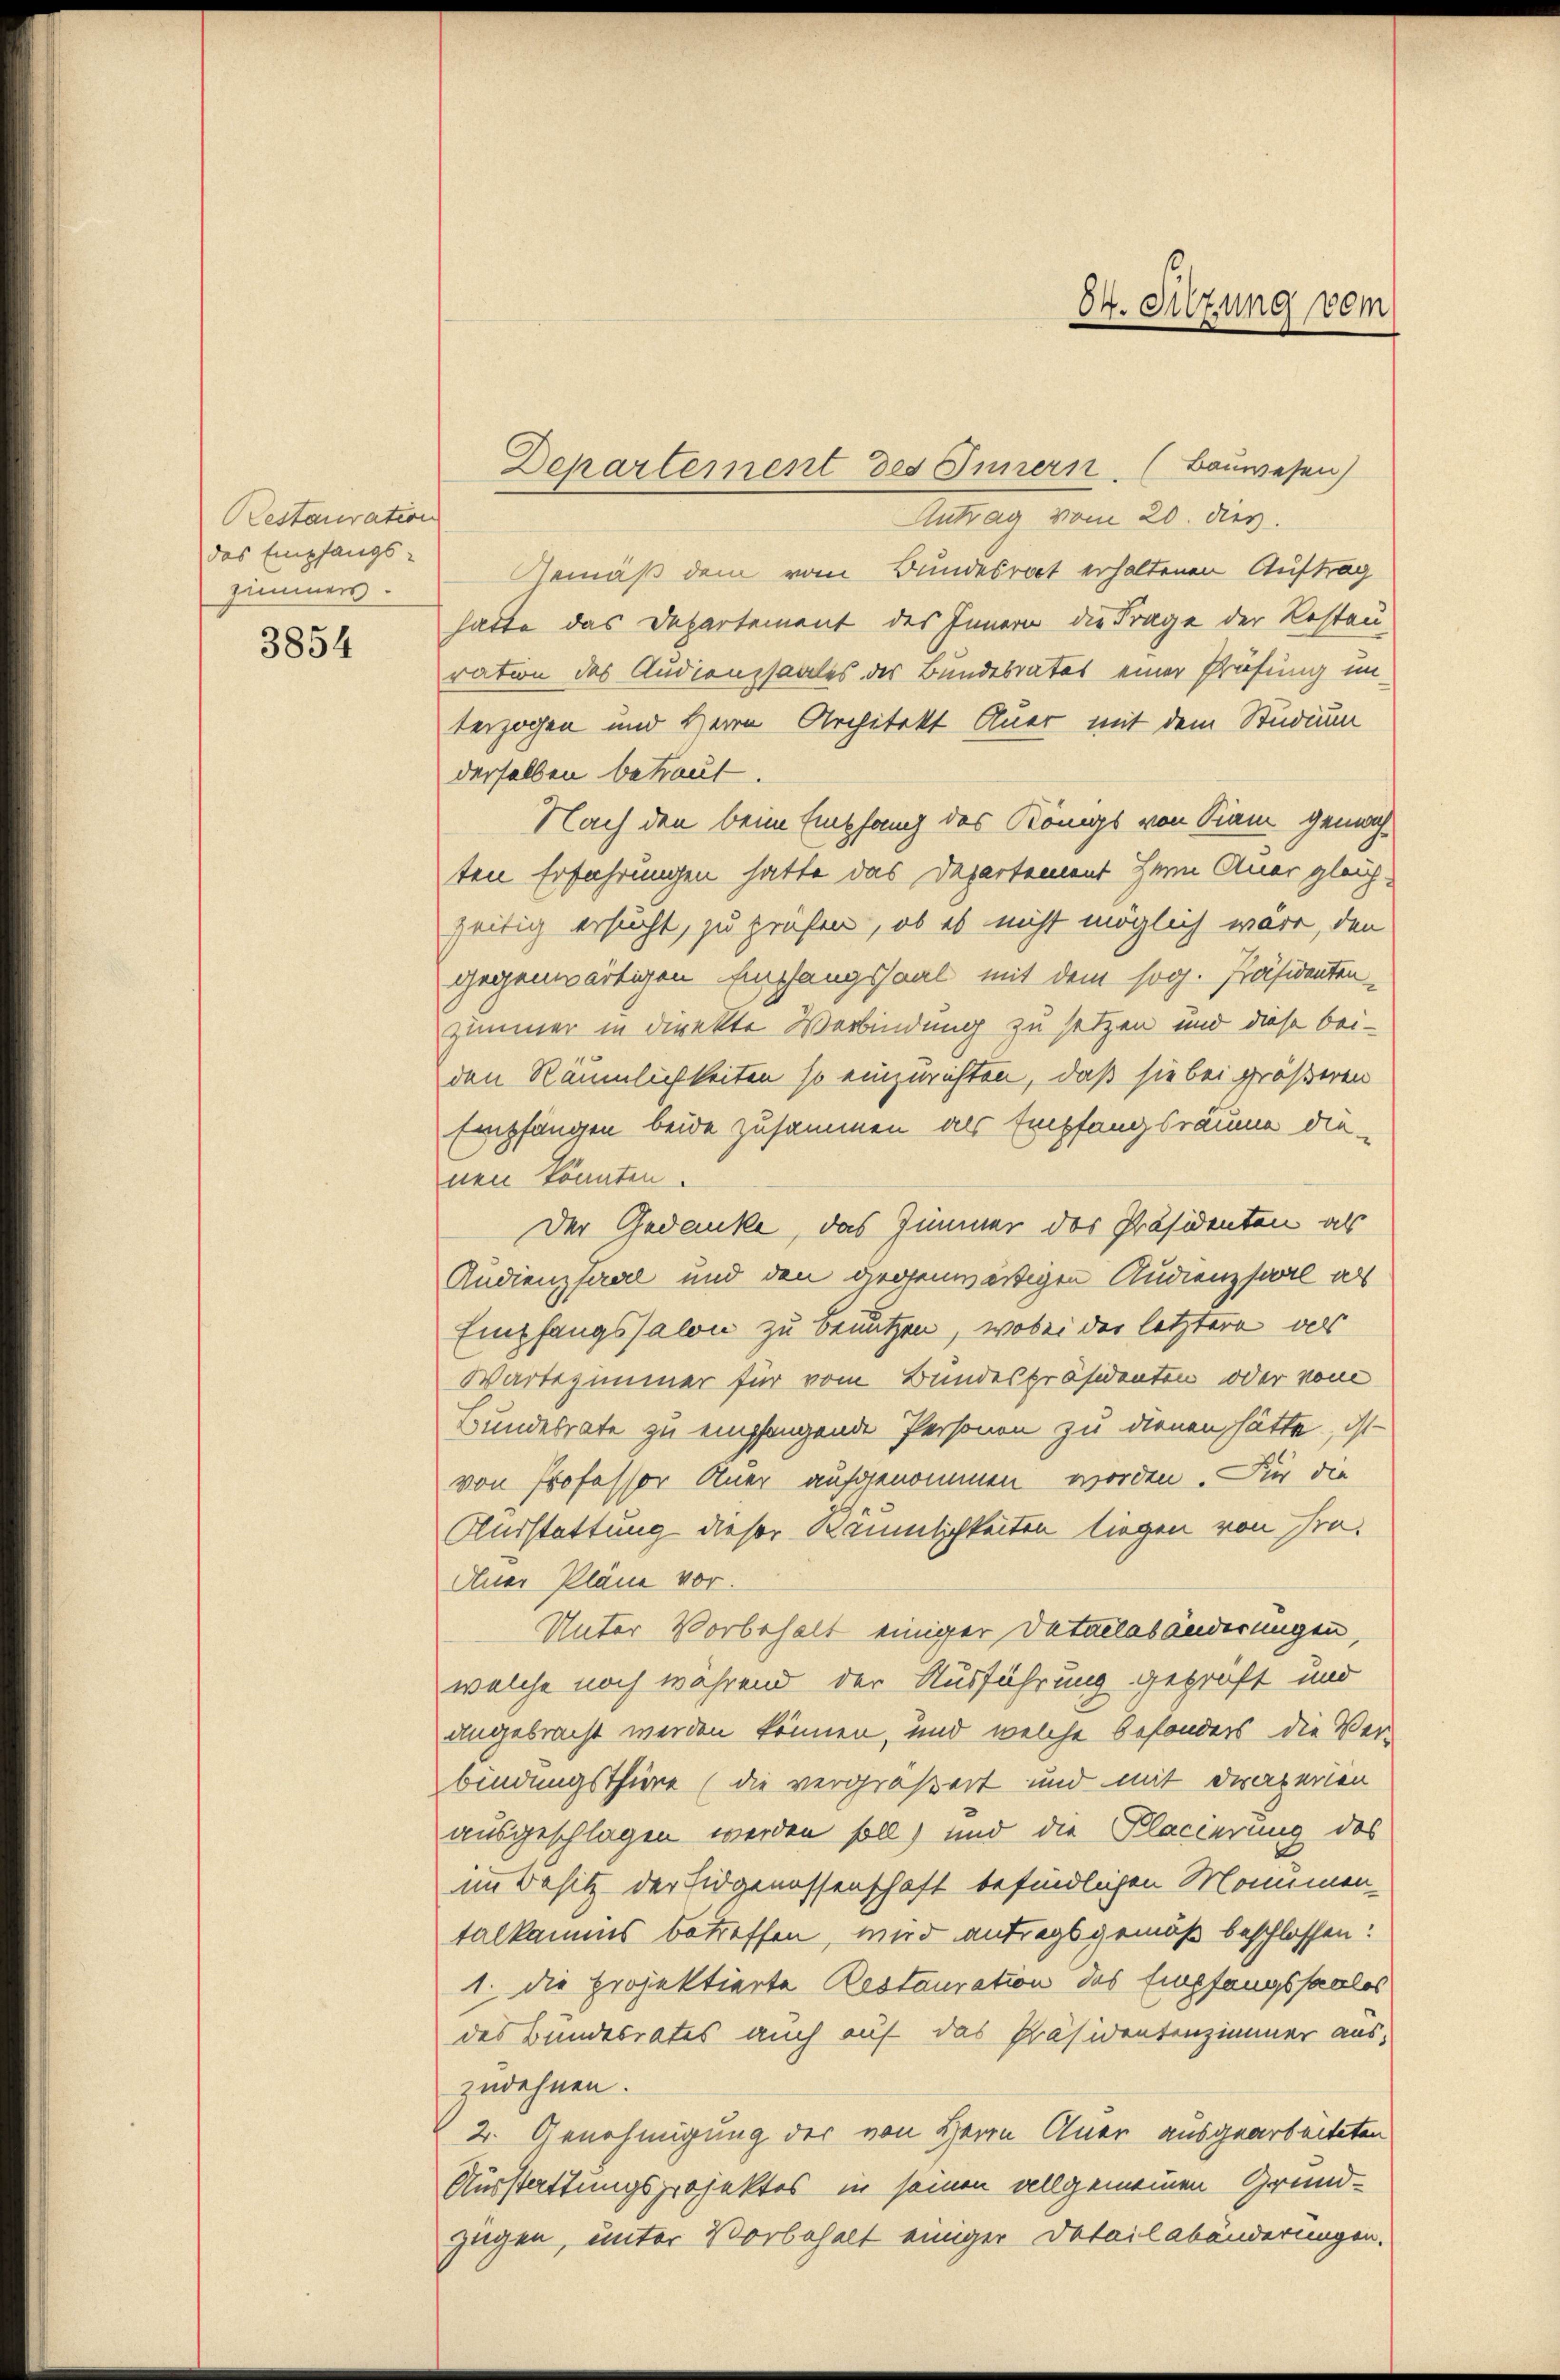
Restauration
zimmen.
3854

Antrag vom 20. dies.
das Empfangs-Gemäß dem vom Bundesrat erhaltenen Auftrag
hatte das Departement des Innern die Frage der Restau-
ration des Audienzsaales des Bundesrates einer Prüfung un-
terzogen und Herrn Architekt Auer mit dem Studium
derselben betraut.
Nach den beim Empfang des Königs von Sam gemachten Erfahrungen hatte das Departement Herrn Auer gleich-
seitig ersucht, zu prüfen, ob es nicht möglich wäre, den
gegenwärtigen Empfangssaal mit dem sog. Präsidentenzimmer in direkte Verbindung zu setzen und diese bei-
den Räumlichkeiten so einzurichten, daß sie bei größeren
Empfangen beide zusammen als Empfangsräume die
nen könnten.
Der Gedanke, das Zimmer des Präsidenten als
Audienzsaal und den gegenwärtigen Audienzsaal als
Empfangssalon zu benutzen, wobei der letztere als
Wartezimmer für vom Bundespräsidenten oder vom
Bundesrate zu empfangende Personen zu dienen hätte, ist
von Professor Auer aufgenommen worden. Für die
Ausstattung dieser Räumlichkeiten liegen von Fra¬
Auer Pläne vor.
Unter Vorbehalt einiger Detailasänderungen,
welche noch während der Ausführung geprüft und
angebracht werden können, und welche besonders die Ver-
bindungsthüre (die vergrößert und mit Draperien
ausgeschlagen werden soll) und die Klacierung des
im Besitz der Eidgenossenschaft befindlichen Monumen-
talkammes betreffen, wird antrags gemäß beschlossen:
1. die projektierte Restauration des Empfangssaales
des Bundesrates auch auf das Präsidentenzimmer aus-
zudehnen.
2. Genehmigung der von Herrn Auer ausgearbeiteten
Ausstattungsprojektes in seinen allgemeinen Grundzügen, unter Vorbehalt einiger Detail abänderungen.

Departement des Innern. (Bauwesen)

34. Sitzung vom